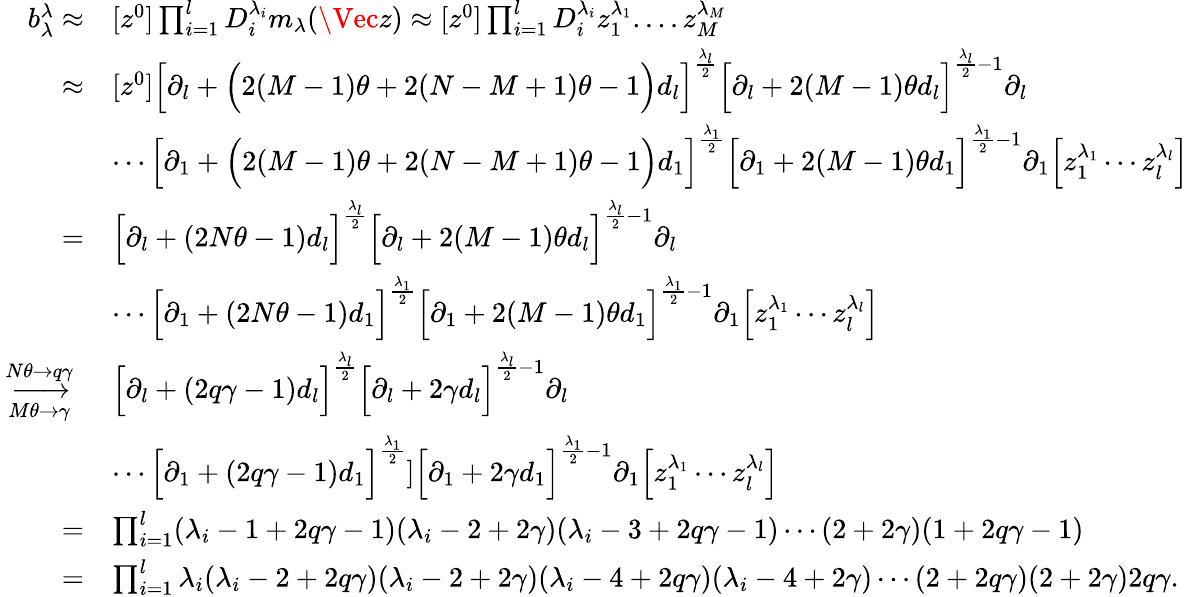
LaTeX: \begin{array}{rl}{b_{\lambda}^{\lambda}\approx}&{[z^{0}]\prod_{i=1}^{l}D_{i}^{\lambda_{i}}m_{\lambda}(\Vec{z})\approx[z^{0}]\prod_{i=1}^{l}D_{i}^{\lambda_{i}}z_{1}^{\lambda_{1}}....z_{M}^{\lambda_{M}}}\\ {\approx}&{[z^{0}]\Big[\partial_{l}+\Big(2(M-1)\theta+2(N-M+1)\theta-1\Big)d_{l}\Big]^{\frac{\lambda_{l}}{2}}\Big[\partial_{l}+2(M-1)\theta d_{l}\Big]^{\frac{\lambda_{l}}{2}-1}\partial_{l}}\\ &{\cdots\Big[\partial_{1}+\Big(2(M-1)\theta+2(N-M+1)\theta-1\Big)d_{1}\Big]^{\frac{\lambda_{1}}{2}}\Big[\partial_{1}+2(M-1)\theta d_{1}\Big]^{\frac{\lambda_{1}}{2}-1}\partial_{1}\Big[z_{1}^{\lambda_{1}}\cdots z_{l}^{\lambda_{l}}\Big]}\\ {=}&{\Big[\partial_{l}+(2N\theta-1)d_{l}\Big]^{\frac{\lambda_{l}}{2}}\Big[\partial_{l}+2(M-1)\theta d_{l}\Big]^{\frac{\lambda_{l}}{2}-1}\partial_{l}}\\ &{\cdots\Big[\partial_{1}+(2N\theta-1)d_{1}\Big]^{\frac{\lambda_{1}}{2}}\Big[\partial_{1}+2(M-1)\theta d_{1}\Big]^{\frac{\lambda_{1}}{2}-1}\partial_{1}\Big[z_{1}^{\lambda_{1}}\cdots z_{l}^{\lambda_{l}}\Big]}\\ {\xrightarrow[M\theta\rightarrow\gamma]{N\theta\rightarrow q\gamma}}&{\Big[\partial_{l}+(2q\gamma-1)d_{l}\Big]^{\frac{\lambda_{l}}{2}}\Big[\partial_{l}+2\gamma d_{l}\Big]^{\frac{\lambda_{l}}{2}-1}\partial_{l}}\\ &{\cdots\Big[\partial_{1}+(2q\gamma-1)d_{1}\Big]^{\frac{\lambda_{1}}{2}}]\Big[\partial_{1}+2\gamma d_{1}\Big]^{\frac{\lambda_{1}}{2}-1}\partial_{1}\Big[z_{1}^{\lambda_{1}}\cdots z_{l}^{\lambda_{l}}\Big]}\\ {=}&{\prod_{i=1}^{l}(\lambda_{i}-1+2q\gamma-1)(\lambda_{i}-2+2\gamma)(\lambda_{i}-3+2q\gamma-1)\cdots(2+2\gamma)(1+2q\gamma-1)}\\ {=}&{\prod_{i=1}^{l}\lambda_{i}(\lambda_{i}-2+2q\gamma)(\lambda_{i}-2+2\gamma)(\lambda_{i}-4+2q\gamma)(\lambda_{i}-4+2\gamma)\cdots(2+2q\gamma)(2+2\gamma)2q\gamma.}\end{array}